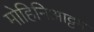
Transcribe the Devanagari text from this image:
मोहिनिआट्टम